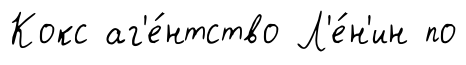
Кокс аг'е́нтство Л'е́н'ин по